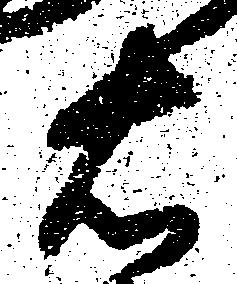
右